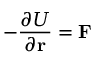
- { \frac { \partial U } { \partial \mathbf { r } } } = \mathbf { F }